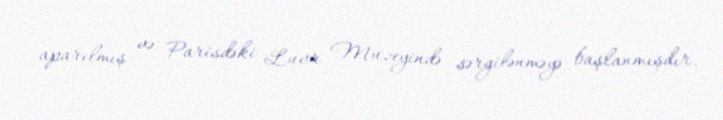
aparılmış və Parisdəki Luvr Muzeyində sərgilənməyə başlanmışdır.